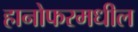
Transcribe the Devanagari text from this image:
हानोफरमधील